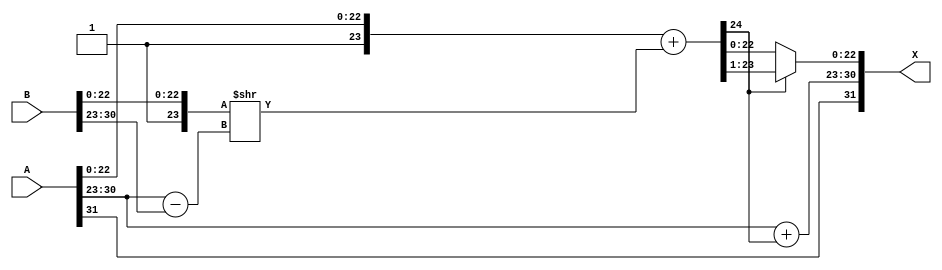
module FADD(A,B,X);
input [31:0] A,B;
output [31:0] X;
wire As,Bs,Xs,cout,hb;
wire [7:0] Ae,Be,Xe,d;
wire [22:0] Af,Bf,Xf,_Xf;
wire [24:0] _Bf;

assign {As,Ae,Af}=A,
       {Bs,Be,Bf}=B;
assign Xs=As;
assign d=Ae-Be;
assign _Bf={1'b0,1'b1,Bf}>>d;
assign {cout,hb,_Xf}={1'b0,1'b1,Af}+_Bf;
assign Xe=Ae+{7'd0,cout};
assign Xf=(cout)?{hb,_Xf[22:1]}:_Xf;
assign X={Xs,Xe,Xf};

endmodule